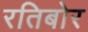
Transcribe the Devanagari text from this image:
रतिबोर